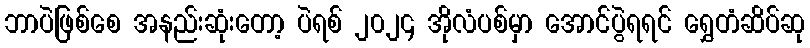
ဘာပဲဖြစ်စေ အနည်းဆုံးတော့ ပဲရစ် ၂၀၂၄ အိုလံပစ်မှာ အောင်ပွဲရရင် ရွှေတံဆိပ်ဆု